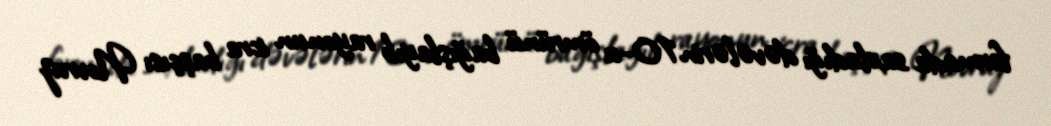
fermada saxladığı dəvələrin 10-u ömrünü bağışlayıb rayonun icra başçısı Novruz